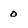
Character: 0